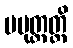
ပမုတ္တတ္ထိ